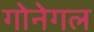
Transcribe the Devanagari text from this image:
गोनेगल